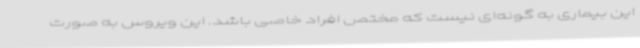
این بیماری به گونه‌ای نیست که مختص افراد خاصی باشد. این ویروس به صورت